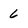
Character: 6